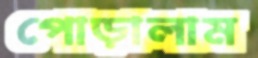
পোড়ালাম